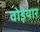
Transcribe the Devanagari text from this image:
वोड़ेयार